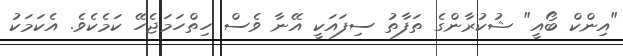
"އިންކް ބޯއީ" ޝުކުރާންގެ ތަފާތު ސިފައަކީ އޭނާ ވެސް ހިތްހަމަޖެހޭ ކަމެކެވެ. އެކަމަކު